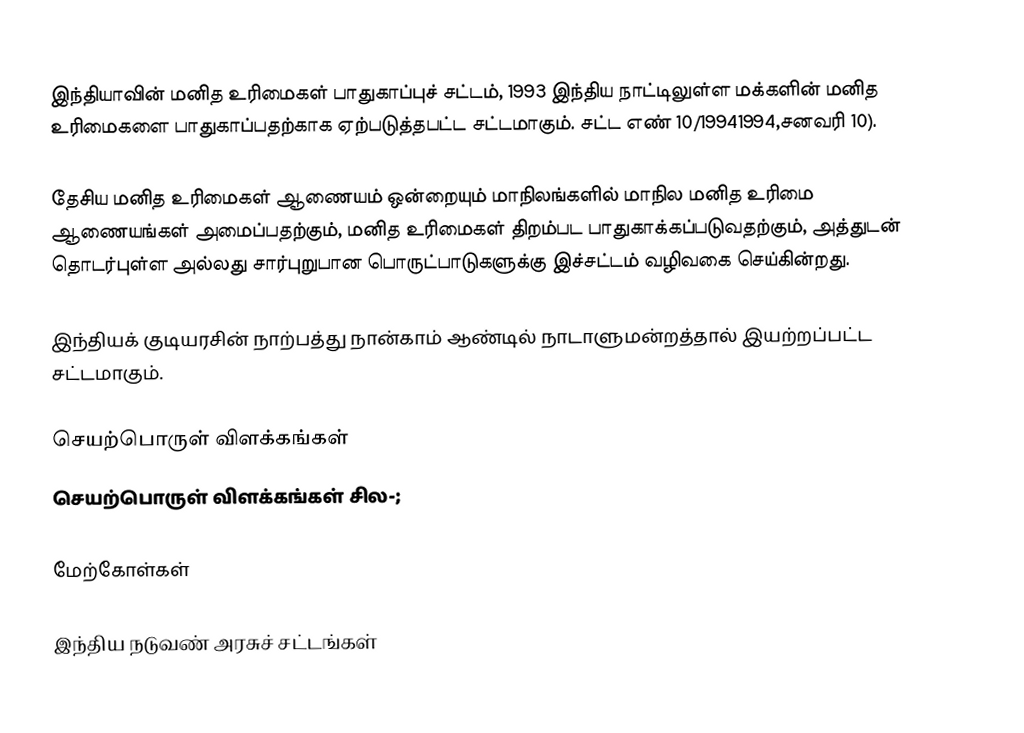
இந்தியாவின் மனித உரிமைகள் பாதுகாப்புச் சட்டம், 1993 இந்திய நாட்டிலுள்ள மக்களின் மனித உரிமைகளை பாதுகாப்பதற்காக ஏற்படுத்தபட்ட சட்டமாகும். சட்ட எண் 10/19941994,சனவரி 10).

தேசிய மனித உரிமைகள் ஆணையம் ஒன்றையும் மாநிலங்களில் மாநில மனித உரிமை ஆணையங்கள் அமைப்பதற்கும், மனித உரிமைகள் திறம்பட பாதுகாக்கப்படுவதற்கும், அத்துடன் தொடர்புள்ள அல்லது சார்புறுபான பொருட்பாடுகளுக்கு இச்சட்டம் வழிவகை செய்கின்றது.

இந்தியக் குடியரசின் நாற்பத்து நான்காம் ஆண்டில் நாடாளுமன்றத்தால் இயற்றப்பட்ட சட்டமாகும்.

செயற்பொருள் விளக்கங்கள்
செயற்பொருள் விளக்கங்கள் சில-;

மேற்கோள்கள்

இந்திய நடுவண் அரசுச் சட்டங்கள்